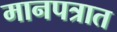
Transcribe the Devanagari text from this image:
मानपत्रात